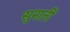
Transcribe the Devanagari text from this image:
सुनातीं